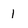
Character: 1